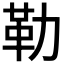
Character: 勒